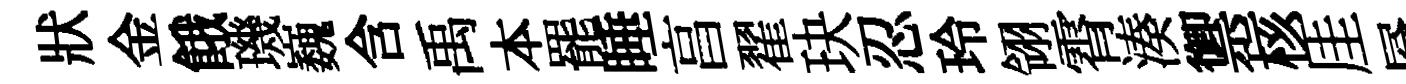
狀金餓璣巍含禹本罷睡亯翟玦忍玲翎霄湊禦核厓層